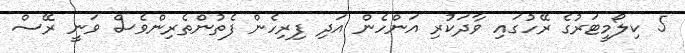
5 ކިލޯމީޓަރުގެ ރޭހުގައި ވާދަކުރި އަންހެން އަދި ފިރިހެން ފެތުންތެރިންވެސް ވަނީ ރޭސް